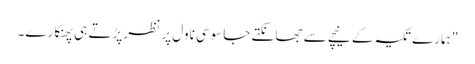
" ہمارے تکیہ کے نیچے سے جھانکتے جاسوسی ناول پر نظر پڑتے ہی پھنکارے۔